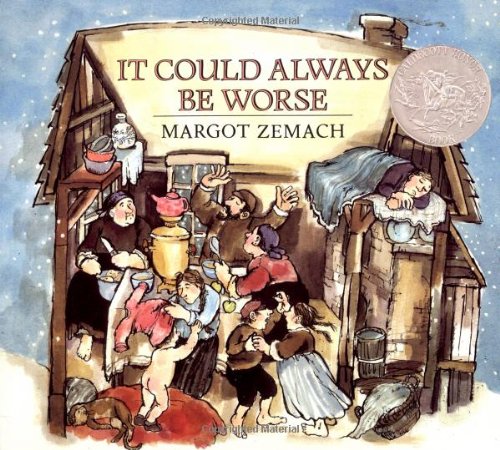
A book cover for It Could Always Be Worse: A Yiddish Folk Tale (Michael Di Capua Books); Margot Zemach; Children's Books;